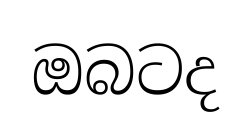
ඔබටද